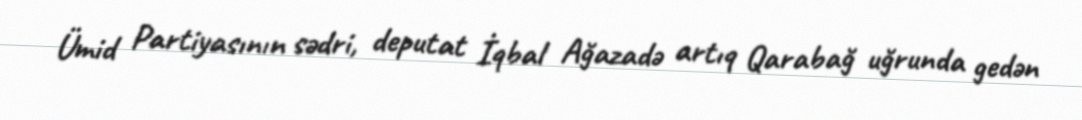
Ümid Partiyasının sədri, deputat İqbal Ağazadə artıq Qarabağ uğrunda gedən